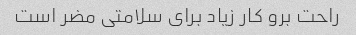
راحت برو کار زیاد برای سلامتی مضر است